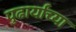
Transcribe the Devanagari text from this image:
पुढार्यांच्या